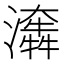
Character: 𤂤